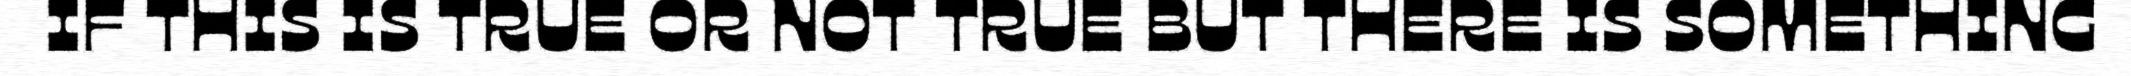
IF THIS IS TRUE OR NOT TRUE BUT THERE IS SOMETHING